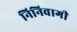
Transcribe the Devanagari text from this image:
निनिवागी